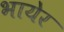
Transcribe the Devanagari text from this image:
भायेर